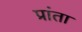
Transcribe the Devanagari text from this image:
प्रांता